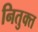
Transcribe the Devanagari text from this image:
नितुक्त